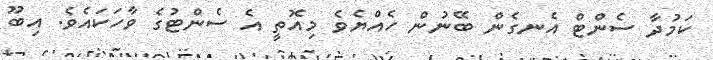
ކަމުދާ ސެންޓް އެނގެން ބޭނުން ހެއްޔެވެ މިއޮތީ އެ ސެންޓުގެ ވާހަކައެވެ. އިބޫ